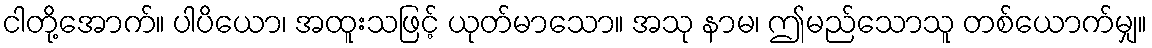
ငါတို့အောက်။ ပါပိယော၊ အထူးသဖြင့် ယုတ်မာသော။ အသု နာမ၊ ဤမည်သောသူ တစ်ယောက်မျှ။